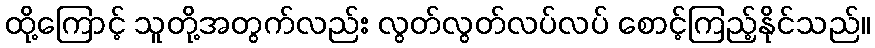
ထို့ကြောင့် သူတို့အတွက်လည်း လွတ်လွတ်လပ်လပ် စောင့်ကြည့်နိုင်သည်။